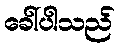
ခေါ်ပါသည်